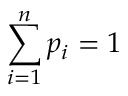
\sum _ { i = 1 } ^ { n } p _ { i } = 1